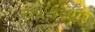
ઓળખાઇ